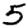
Digit: 5